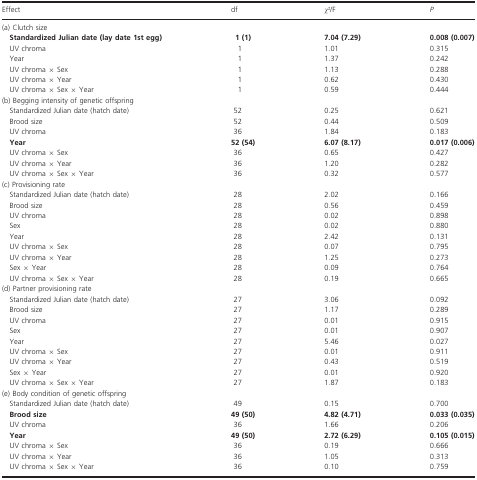
<table><thead><tr><td><b>Effect</b></td><td><b>df</b></td><td><b><i>χ</i>2/F</b></td><td><b><i>P</i></b></td></tr></thead><tbody><tr><td colspan="4">(a) Clutch size</td></tr><tr><td><b>Standardized Julian date (lay date 1st egg)</b></td><td><b>1 (1)</b></td><td><b>7.04 (7.29)</b></td><td><b>0.008 (0.007)</b></td></tr><tr><td>UV chroma</td><td>1</td><td>1.01</td><td>0.315</td></tr><tr><td>Year</td><td>1</td><td>1.37</td><td>0.242</td></tr><tr><td>UV chroma × Sex</td><td>1</td><td>1.13</td><td>0.288</td></tr><tr><td>UV chroma × Year</td><td>1</td><td>0.62</td><td>0.430</td></tr><tr><td>UV chroma × Sex × Year</td><td>1</td><td>0.59</td><td>0.444</td></tr><tr><td colspan="4">(b) Begging intensity of genetic offspring</td></tr><tr><td>Standardized Julian date (hatch date)</td><td>52</td><td>0.25</td><td>0.621</td></tr><tr><td>Brood size</td><td>52</td><td>0.44</td><td>0.509</td></tr><tr><td>UV chroma</td><td>36</td><td>1.84</td><td>0.183</td></tr><tr><td><b>Year</b></td><td><b>52 (54)</b></td><td><b>6.07 (8.17)</b></td><td><b>0.017 (0.006)</b></td></tr><tr><td>UV chroma × Sex</td><td>36</td><td>0.65</td><td>0.427</td></tr><tr><td>UV chroma × Year</td><td>36</td><td>1.20</td><td>0.282</td></tr><tr><td>UV chroma × Sex × Year</td><td>36</td><td>0.32</td><td>0.577</td></tr><tr><td colspan="4">(c) Provisioning rate</td></tr><tr><td>Standardized Julian date (hatch date)</td><td>28</td><td>2.02</td><td>0.166</td></tr><tr><td>Brood size</td><td>28</td><td>0.56</td><td>0.459</td></tr><tr><td>UV chroma</td><td>28</td><td>0.02</td><td>0.898</td></tr><tr><td>Sex</td><td>28</td><td>0.02</td><td>0.880</td></tr><tr><td>Year</td><td>28</td><td>2.42</td><td>0.131</td></tr><tr><td>UV chroma × Sex</td><td>28</td><td>0.07</td><td>0.795</td></tr><tr><td>UV chroma × Year</td><td>28</td><td>1.25</td><td>0.273</td></tr><tr><td>Sex × Year</td><td>28</td><td>0.09</td><td>0.764</td></tr><tr><td>UV chroma × Sex × Year</td><td>28</td><td>0.19</td><td>0.665</td></tr><tr><td colspan="4">(d) Partner provisioning rate</td></tr><tr><td>Standardized Julian date (hatch date)</td><td>27</td><td>3.06</td><td>0.092</td></tr><tr><td>Brood size</td><td>27</td><td>1.17</td><td>0.289</td></tr><tr><td>UV chroma</td><td>27</td><td>0.01</td><td>0.915</td></tr><tr><td>Sex</td><td>27</td><td>0.01</td><td>0.907</td></tr><tr><td>Year</td><td>27</td><td>5.46</td><td>0.027</td></tr><tr><td>UV chroma × Sex</td><td>27</td><td>0.01</td><td>0.911</td></tr><tr><td>UV chroma × Year</td><td>27</td><td>0.43</td><td>0.519</td></tr><tr><td>Sex × Year</td><td>27</td><td>0.01</td><td>0.920</td></tr><tr><td>UV chroma × Sex × Year</td><td>27</td><td>1.87</td><td>0.183</td></tr><tr><td colspan="4">(e) Body condition of genetic offspring</td></tr><tr><td>Standardized Julian date (hatch date)</td><td>49</td><td>0.15</td><td>0.700</td></tr><tr><td><b>Brood size</b></td><td><b>49 (50)</b></td><td><b>4.82 (4.71)</b></td><td><b>0.033 (0.035)</b></td></tr><tr><td>UV chroma</td><td>36</td><td>1.66</td><td>0.206</td></tr><tr><td><b>Year</b></td><td><b>49 (50)</b></td><td><b>2.72 (6.29)</b></td><td><b>0.105 (0.015)</b></td></tr><tr><td>UV chroma × Sex</td><td>36</td><td>0.19</td><td>0.666</td></tr><tr><td>UV chroma × Year</td><td>36</td><td>1.05</td><td>0.313</td></tr><tr><td>UV chroma × Sex × Year</td><td>36</td><td>0.10</td><td>0.759</td></tr></tbody></table>